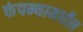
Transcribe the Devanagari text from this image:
कंपन्यामधील